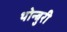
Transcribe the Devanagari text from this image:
थोन्बुरी